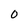
Character: 0